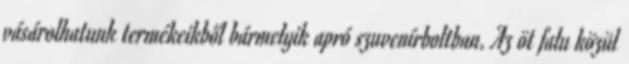
vásárolhatunk termékeikből bármelyik apró szuvenírboltban. Az öt falu közül